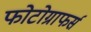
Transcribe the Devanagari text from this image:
फोटोग्राफर्स